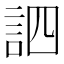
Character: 訵